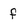
Character: f